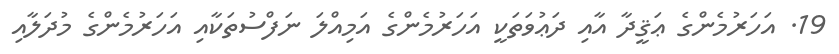
19. އަހަރުމެންގެ ޢަޤީދާ އާއި ދަޢުވަތަކީ އަހަރުމެންގެ އަމިއްލަ ނަފްސުތަކާއި އަހަރުމެންގެ މުދަލާއި